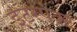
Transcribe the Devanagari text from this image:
इंटरपंक्ट